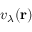
v _ { \lambda } ( \mathbf { r } )